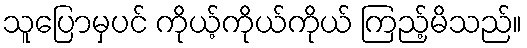
သူပြောမှပင် ကိုယ့်ကိုယ်ကိုယ် ကြည့်မိသည်။